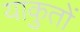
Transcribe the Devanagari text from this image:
याकुतों